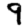
Digit: 9